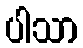
ပါသာ